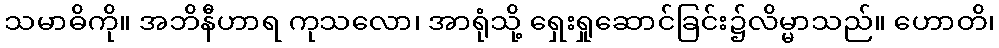
သမာဓိကို။ အဘိနီဟာရ ကုသလော၊ အာရုံသို့ ရှေးရှုဆောင်ခြင်း၌လိမ္မာသည်။ ဟောတိ၊